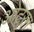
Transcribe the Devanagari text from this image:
ओटरम